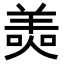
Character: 𦎙